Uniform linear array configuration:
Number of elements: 48
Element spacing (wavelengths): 0.25
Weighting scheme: binomial
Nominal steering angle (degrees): -15
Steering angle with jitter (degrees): -15.462
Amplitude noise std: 0.05
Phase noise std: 0.05

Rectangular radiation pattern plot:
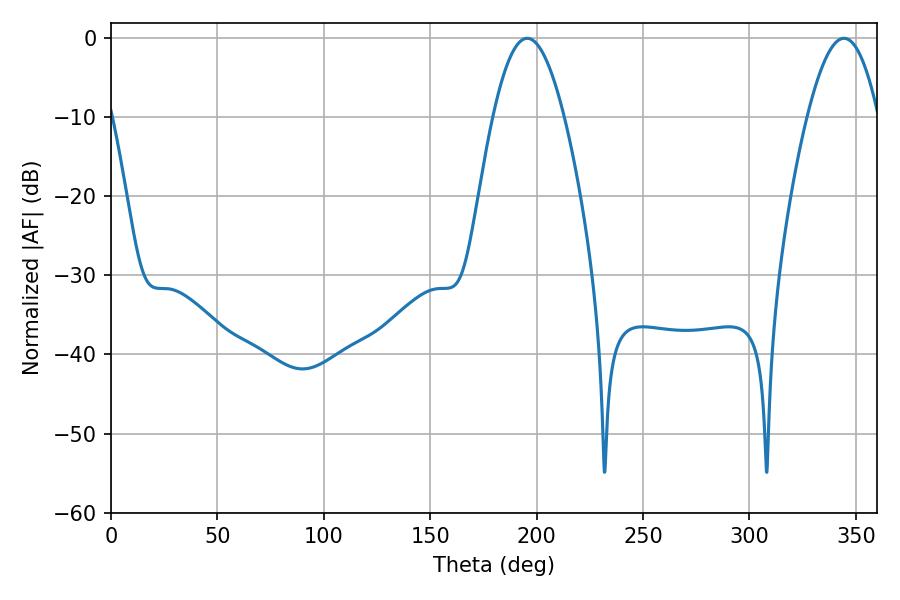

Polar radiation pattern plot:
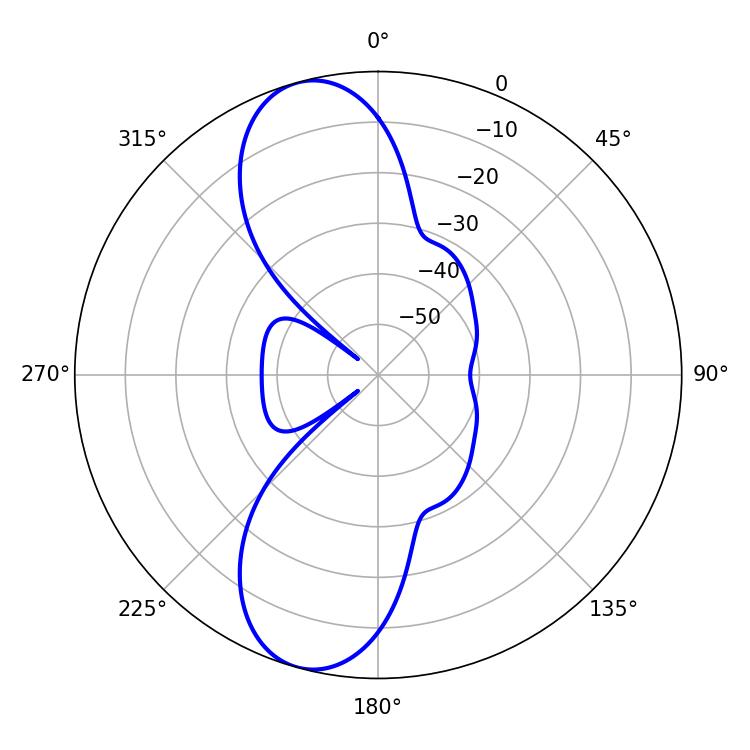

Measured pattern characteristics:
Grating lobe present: FALSE
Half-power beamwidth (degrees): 18.18
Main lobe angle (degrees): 195.66